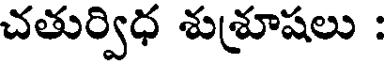
చతుర్విధ శుశ్రూషలు :